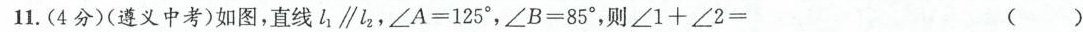
11.(4分)(遵义中考)如图，直线$$l _ { 1 } \parallel l _ { 2 }$$，$$∠ A = 1 2 5 °$$, $$∠ B = 8 5 °$$ ，则$$∠ 1 + ∠ 2 =$$ ().